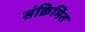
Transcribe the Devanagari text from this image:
संक्रिमित